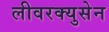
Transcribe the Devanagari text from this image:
लीवरक्युसेन